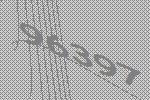
96397